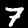
Digit: 7